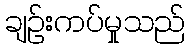
ချဉ်းကပ်မှုသည်